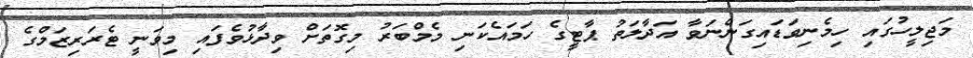
މަޖިލީހުގައި ހިމެނިވަޑައިގަންނަވާ އަދާލަތު ޕާޓީގެ ހަމައެކަނި މެމްބަރު މިގޮތަށް ވިދާޅުވެފައި މިވަނީ ޓެރަރިޒަމްގެ